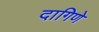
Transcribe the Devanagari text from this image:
दागिणे